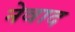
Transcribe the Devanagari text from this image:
नेवाद